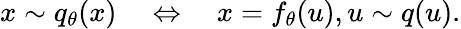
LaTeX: x\sim q_{\theta}(x)\quad\Leftrightarrow\quad x=f_{\theta}(u),u\sim q(u).